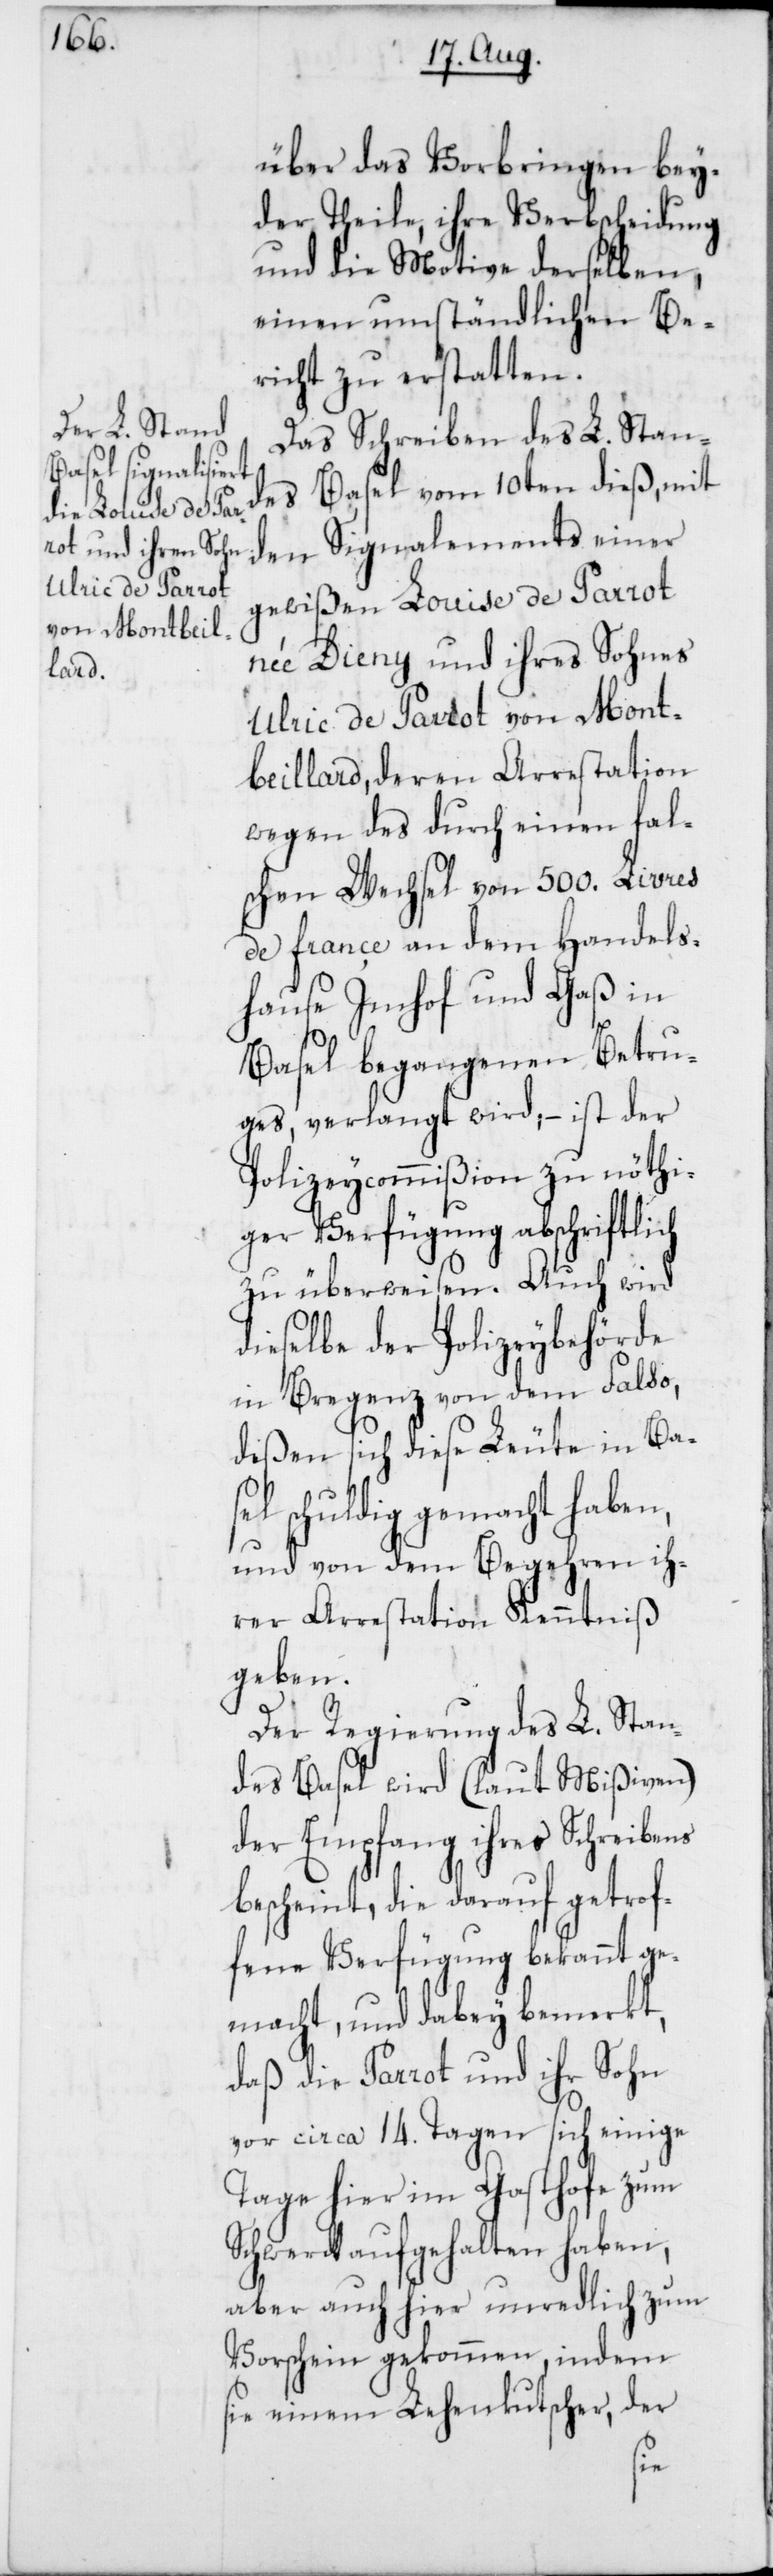
über das Vorbringen bey¬
der Theile, ihre Verbscheidung
und die Motive derselben,
einen umständlichen Be¬
richt zu erstatten.
Das Schreiben des L. Stand¬
es Basel vom 10ten dieß, mit
den Signalements einer
gewißen Louise de Parrot,
née Dieny, und ihres Sohnes
Ulric de Parrot von Mont¬
beillard, deren Arrestation
wegen des durch einen fal¬
schen Wechsel von 500. Livres
de France an dem Handels¬
hause Imhof und Gaß in
Basel begangenen Betru¬
ges, verlangt wird; – ist der
Polizeycommißion zu nöthi¬
ger Verfügung abschriftlich
zu überweisen. Auch wird
dieselbe der Polizeybehörde
in Bregenz von dem Falso,
deßen sich diese Leute in Ba¬
l schuldig gemacht haben,
und von dem Begehren ih¬
rer Arrestation Kenntniß
geben.
Der Regierung des L. Stan¬
des Basel wird (laut Mißiven)
der Empfang ihres Schreibens
bescheint, die darauf getrof¬
fene Verfügung bekannt ge¬
macht, und dabey bemerkt,
daß die Parrot und ihr Sohn
vor circa 14. Tagen sich einige
Tage hier im Gasthofe zum
Schwerdt aufgehalten haben,
aber auch hier unredlich zum
Vorschein gekommen, indem
sie einem Lehenkutscher, der
se¬